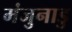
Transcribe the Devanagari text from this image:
मंजुनाडु